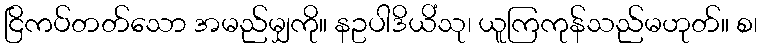
ငြိကပ်တတ်သော အမည်မျှကို။ နဥပါဒိယိံသု၊ ယူကြကုန်သည်မဟုတ်။ စ၊